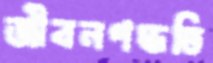
জীবনপদ্ধতি